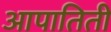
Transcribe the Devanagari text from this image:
आपातिती